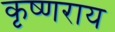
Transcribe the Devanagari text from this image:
कृष्णराय